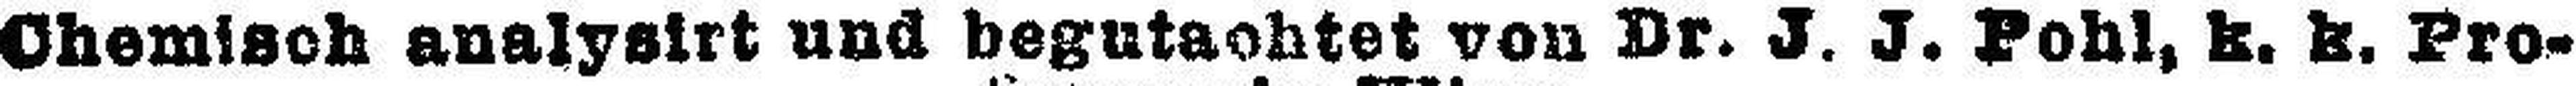
Chemisch analysirt und begutachtet von Dr. J. J. Pohl, k. k. Pro¬